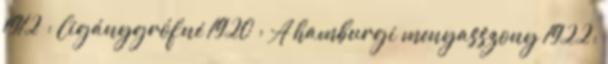
1912 ; Cigánygrófné 1920 ; A hamburgi menyasszony 1922;